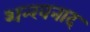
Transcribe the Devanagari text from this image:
शन्खनाद